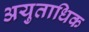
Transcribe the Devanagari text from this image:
अयुताधिक